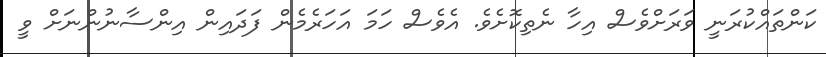
ކަންތައްކުރަނީ ވަރަށްވެސް އިހާ ނެތިކޮށެވެ. އެވެސް ހަަމަ އަހަރެމެން ފަދައިން އިންސާނުންނަށް ވީ